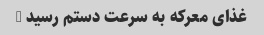
غذای معرکه به سرعت دستم رسید …